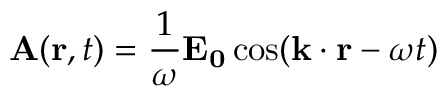
\mathbf { A } ( \mathbf { r } , t ) = { \frac { 1 } { \omega } } \mathbf { E _ { 0 } } \cos ( \mathbf { k } \cdot \mathbf { r } - \omega t )